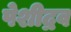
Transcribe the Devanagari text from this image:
पेशीद्रव